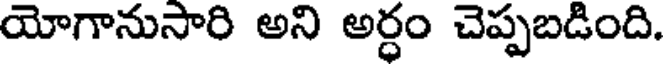
యోగానుసారి అని అర్ధం చెప్పబడింది.